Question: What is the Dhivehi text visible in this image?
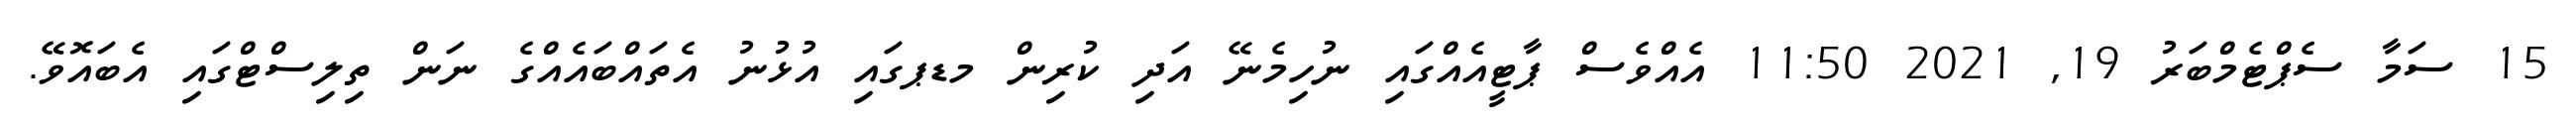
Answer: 15 ސަމާ ސެޕްޓެމްބަރު 19, 2021 11:50 އެއްވެސް ޕާޓީއެއްގައި ނުހިމެނޭ އަދި ކުރިން މޑޕގައި އުޅުނު އެތައްބައެއްގެ ނަން ތިލިސްޓްގައި އެބައޮވޭ.